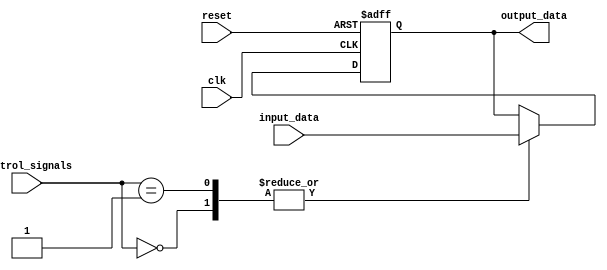
module IO_Block_Bus_Switch (
    input wire clk,
    input wire reset,
    input wire [3:0] control_signals,
    input wire [7:0] input_data,
    output reg [7:0] output_data
);

reg [2:0] current_input;
reg [2:0] current_output;

always @(posedge clk or posedge reset) begin
    if (reset) begin
        current_input <= 3'b000;
        current_output <= 3'b000;
        output_data <= 8'b00000000;
    end else begin
        case (control_signals)
            4'b0000: begin // Route input port 0 to output port 0
                current_input <= 3'b000;
                current_output <= 3'b000;
                output_data <= input_data;
            end
            4'b0001: begin // Route input port 1 to output port 0
                current_input <= 3'b001;
                current_output <= 3'b000;
                output_data <= input_data;
            end
            // Add more cases for different routing configurations
        endcase
    end
end

endmodule